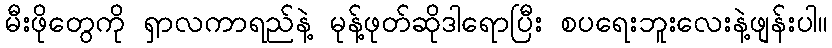
မီးဖိုတွေကို ရှာလကာရည်နဲ့ မုန့်ဖုတ်ဆိုဒါရောပြီး စပရေးဘူးလေးနဲ့ဖျန်းပါ။